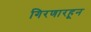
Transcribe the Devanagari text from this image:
गिरणारहून